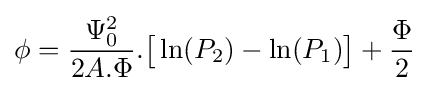
\phi ={\frac {\Psi _{0}^{2}}{2A.\Phi }}.{\big [}\ln(P_{2})-\ln(P_{1}){\big ]}+{\frac {\Phi }{2}}